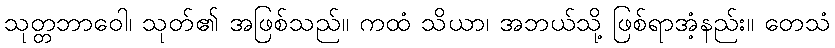
သုတ္တဘာဝေါ၊ သုတ်၏ အဖြစ်သည်။ ကထံ သိယာ၊ အဘယ်သို့ ဖြစ်ရာအံ့နည်း။ တေသံ